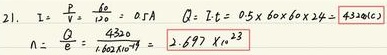
\[
\begin{align*}
2. \quad I&=\frac{P}{U}=\frac{10}{20}=0.5A\quad Q = It=0.5\times60\times24=\boldsymbol{43200C}\\
n&=\frac{Q}{e}=\frac{43200}{1.6\times10^{-19}}=\boldsymbol{2.697\times10^{23}}
\end{align*}
\]